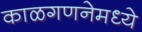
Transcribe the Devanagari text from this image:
काळगणनेमध्ये